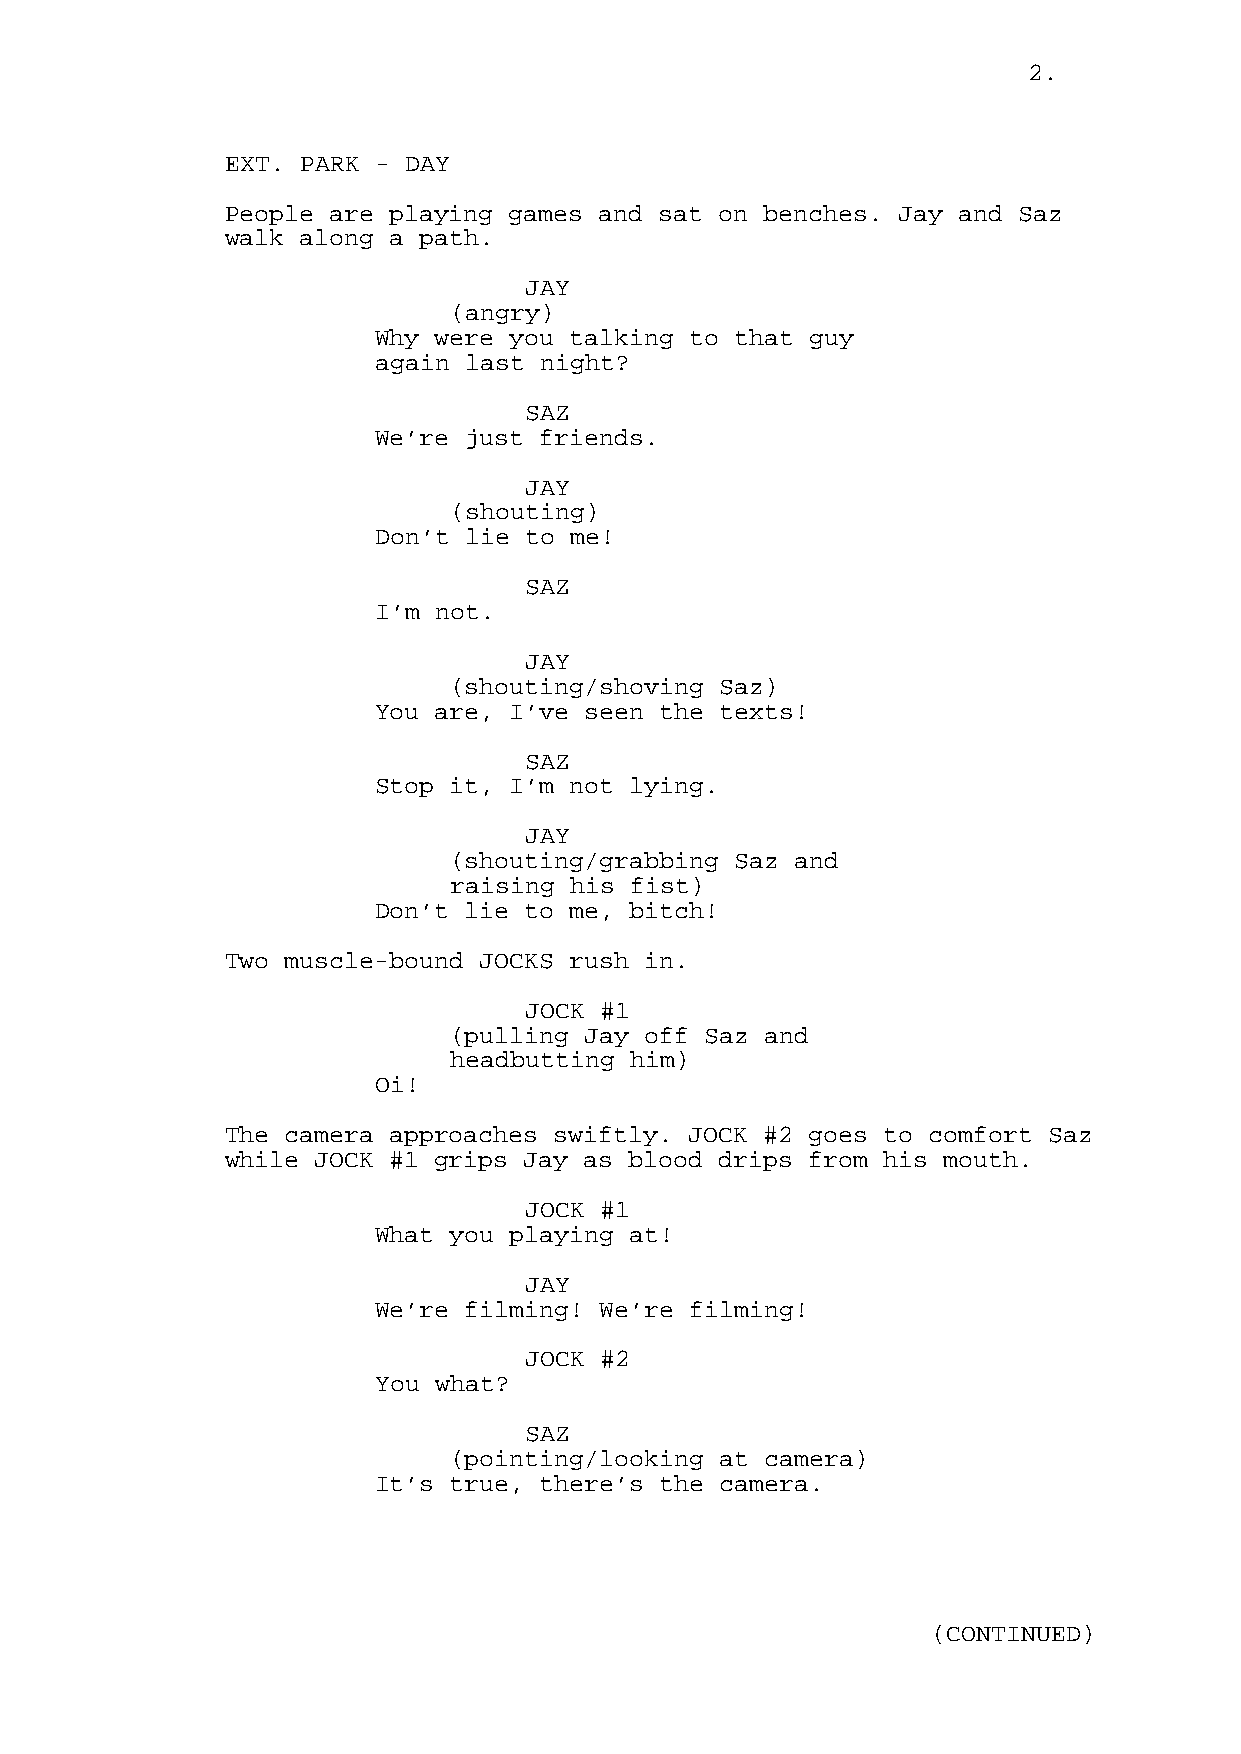
2.
 EXT. PARK - DAY
 People are playing games and sat on benches. Jay and Saz
 walk along a path.
 JAY
 (angry)
 Why were you talking to that guy
 again last night?
 SAZ
 We’re just friends.
 JAY
 (shouting)
 Don’t lie to me!
 SAZ
 I’m not.
 JAY
 (shouting/shoving Saz)
 You are, I’ve seen the texts!
 SAZ
 Stop it, I’m not lying.
 JAY
 (shouting/grabbing Saz and
 raising his fist)
 Don’t lie to me, bitch!
 Two muscle-bound JOCKS rush in.
 JOCK #1
 (pulling Jay off Saz and
 headbutting him)
 Oi!
 The camera approaches swiftly. JOCK #2 goes to comfort Saz
 while JOCK #1 grips Jay as blood drips from his mouth.
 JOCK #1
 What you playing at!
 JAY
 We’re filming! We’re filming!
 JOCK #2
 You what?
 SAZ
 (pointing/looking at camera)
 It’s true, there’s the camera.
 (CONTINUED)